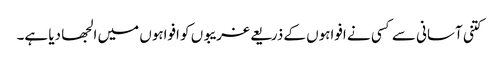
کتنی آسانی سے کسی نے افواہوں کے ذریعے غریبوں کو افواہوں میں الجھا دیا ہے۔